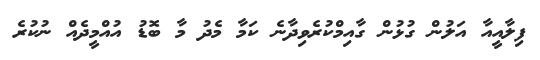
ފިލާއީއާ އަލުން ގުޅުން ގާއިމްކުރެވިދާނެ ކަމާ މެދު މާ ބޮޑު އުއްމީދެއް ނުކުރެ